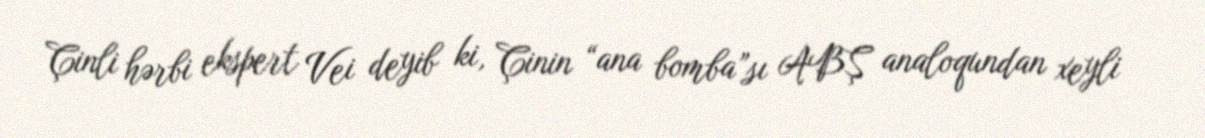
Çinli hərbi ekspert Vei deyib ki, Çinin “ana bomba”sı ABŞ analoqundan xeyli